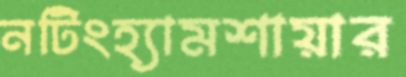
নটিংহ্যামশায়ার